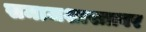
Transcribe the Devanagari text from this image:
समाजशास्त्रावर